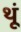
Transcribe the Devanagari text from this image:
थूं